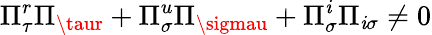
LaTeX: \Pi_{\tau}^{r}\Pi_{\taur}+\Pi_{\sigma}^{u}\Pi_{\sigmau}+\Pi_{\sigma}^{\mathit{i}}\Pi_{\mathit{i}\sigma}\neq0